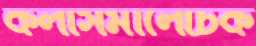
কলাসমালোচক